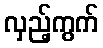
လှည့်ကွက်